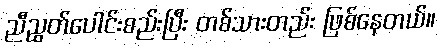
ညီညွတ်ပေါင်းစည်းပြီး တစ်သားတည်း ဖြစ်နေတယ်။